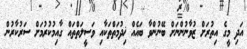
އަދި މީގެ އިތުރަށް ޒުވާނުންނަށް ބޭނުންވާ ބައެއް ޚިދުމަތްތަކާއި ވަސީލަތްތައް ގާއިމުކުރުމަށް ސަރުކާރުން